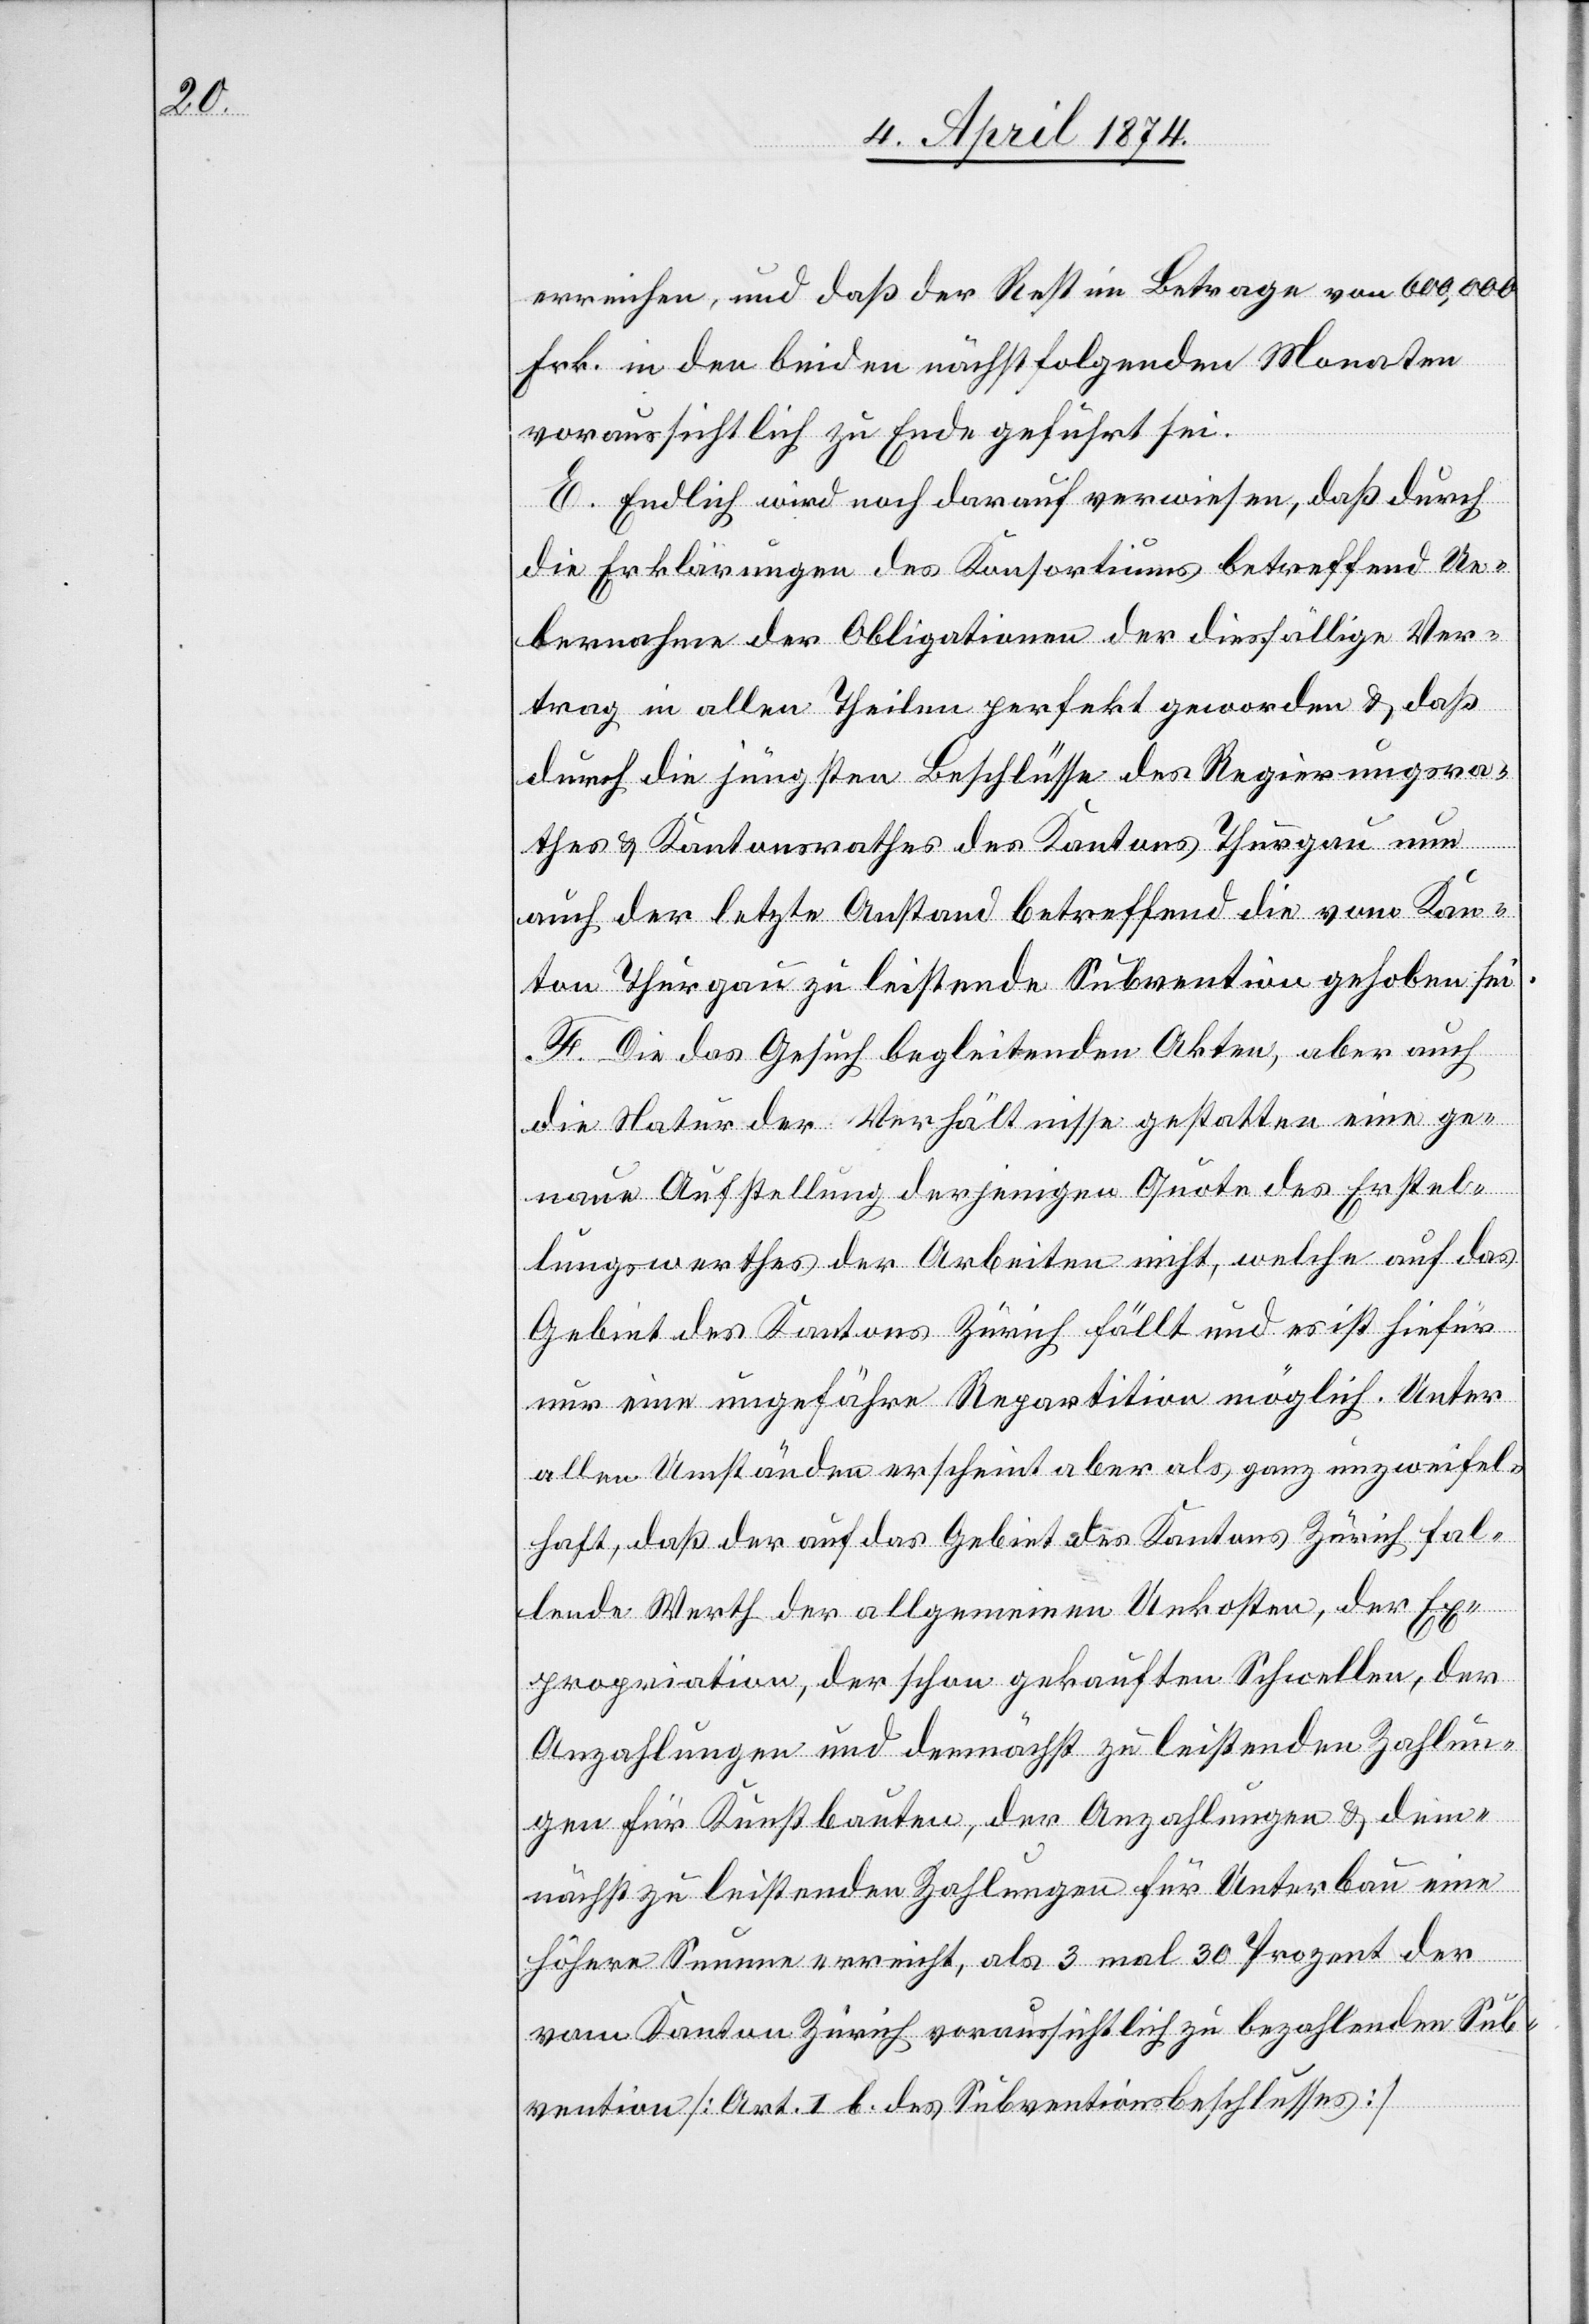
erreichen, und daß der Rest im Betrage von 600,000
Frk. in den beiden nächstfolgenden Monaten
voraussichtlich zu Ende geführt sei.
E. Endlich wird noch darauf verwiesen, daß durch
die Erklärungen des Konsortiums betreffend Ue¬
bernahme der Obligationen der diesfällige Ver¬
trag in allen Theilen perfekt geworden u. daß
durch die jüngsten Beschlüsse des Regierungsra¬
thes u. Kantonsrathes des Kantons Thurgau nun
auch der letzte Anstand betreffend die vom Kan¬
ton Thurgau zu leistende Subvention gehoben sei.
F. Die das Gesuch begleitenden Akten, aber auch
die Natur der Verhältnisse gestatten eine ge¬
naue Aufstellung derjenigen Quote des Erstel¬
lungswerthes der Arbeiten nicht, welche auf das
Gebiet des Kantons Zürich fällt und es ist hiefür
nur eine ungefähre Repartition möglich. Unter
allen Umständen erscheint aber als ganz unzweifel¬
haft, daß der auf das Gebiet des Kantons Zürich fal¬
lende Werth der allgemeinen Unkosten, der Ex¬
propriation, der schon gekauften Schwellen, der
Anzahlungen und demnächst zu leistenden Zahlun¬
gen für Kunstbauten, der Anzahlungen u. dem¬
nächst zu leistenden Zahlungen für Unterbau eine
höhere Summe erreicht, als 3 mal 30 Prozent der
vom Kanton Zürich voraussichtlich zu bezahlenden Sub¬
vention [Art. I b. des Subventionsbeschlusses][.]